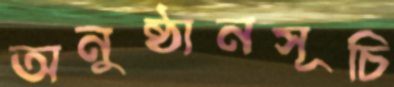
অনুষ্ঠানসূচি